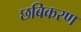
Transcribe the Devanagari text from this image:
छबिकरण